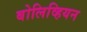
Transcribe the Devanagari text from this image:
बोलिव्हियन